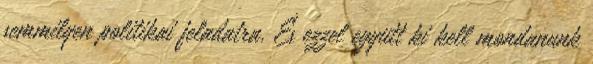
semmilyen politikai feladatra. És ezzel együtt ki kell mondanunk